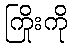
ကြိုးကို